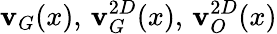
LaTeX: \mathbf{v}_{G}(x),\, \mathbf{v}_{G}^{2D}(x),\, \mathbf{v}_{O}^{2D}(x)